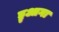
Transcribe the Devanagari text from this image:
ड्रुआगा